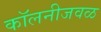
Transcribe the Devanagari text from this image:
कॉलनीजवळ